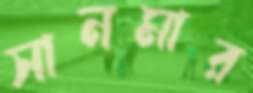
সানমার